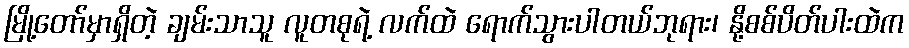
မြို့တော်မှာရှိတဲ့ ချမ်းသာသူ လူတစုရဲ့ လက်ထဲ ရောက်သွားပါတယ်ဘုရား၊ နို့စစ်ပိတ်ပါးထဲက